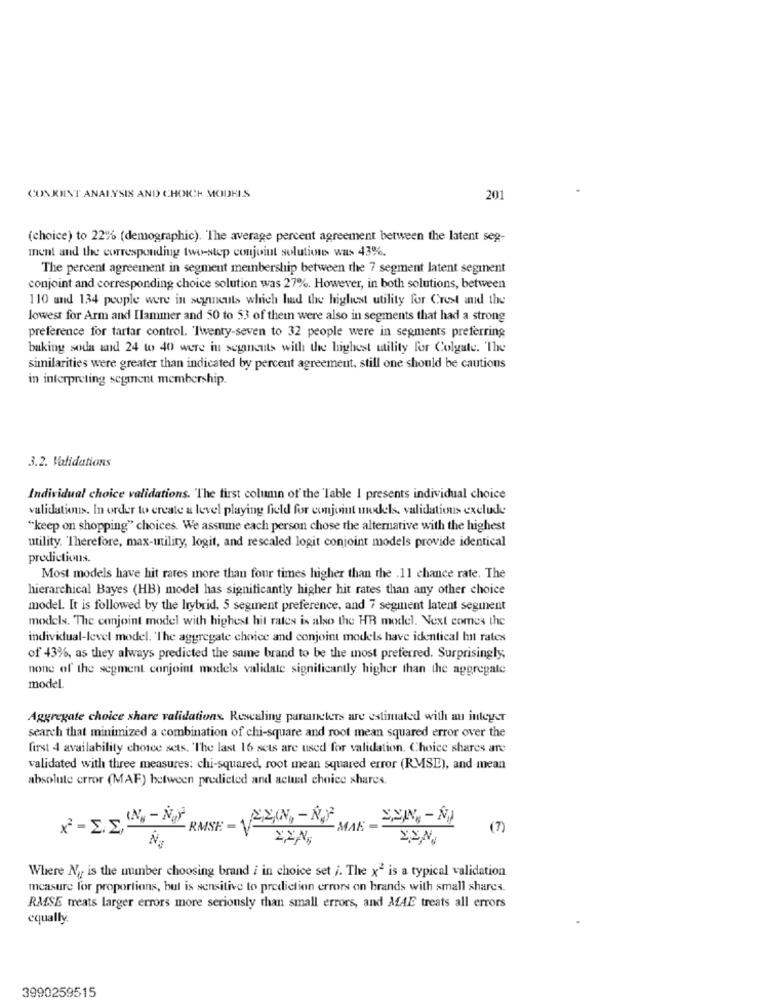
CONKINT ANALYSIS AND CHOICH MODELS
201
(choice) to 22% (demographic). The average percent agreement between the latent seg-
ment and the corresponding two-step conjoint solutions was 43%.
The percent agreement in segment membership between the 7 segment latent segment
conjoint and corresponding choice solution was 27%. However, in both solutions, between
110 and 134 people were in segucuts which had the highest utility for Crest and the
lowest for Arm and Ilammer and 50 to 53 of them were also in segments that had a strong
preference for tartar control. 'Twenty-seven to 32 people were in segments preferring
baking soda and 24 to 40 were in segncuts with the highest utility for Colgate. The
similarities were greater than indicated by percent agreement, still one should be cautions
in interpreting segment membership.
3.2. Validations
Individual choice validations. The first column of the Table I presents individual choice
validationus. In order to create a level playing field for conjoint models. validations exclude
"keep on shopping" choices. We assume each person chose the alternative with the highest
utility. Therefore, max-utility, logit, and rescaled logit conjoint models provide identical
predictions.
Most models have hit rates more than four times higher than the .11 chance rate. The
hierarchical Bayes (HB) model has significantly higher hit rates than any other choice
model. It is followed by the hybrid, 5 segment preference, and 7 segment latent segment
models. The conjoint model with highest hit rates is also the HR model. Next comes the
individual-level model. 'The aggregate choice and conjoint models have identical ht rates
of 43%, as they always predicted the same brand to be the most preferred. Surprisingly,
none of the segment conjoint models validate significantly higher than the aggregate
model.
Aggregate choice share validations. Rescaling panneters are estimated with an integer
search that minimized a combination of chi-square and root mean squared error over the
first 4 availability choice sets. "The last 16 sets are used for validation. Choice shares are
validated with three measures: chi-squared, root mean squared error (RMSE), and mean
absolute error (MAF) between predicted and actual choice shares.
X - ES,IN - NY
RMSE- 220 ,- NOP
" MAK
(7)
2Ng
Where Ny is the number choosing brand i in choice set i. The x" is a typical validation
measure for proportions, bul is sensitive to prediction errors on brands with small shares.
RMSE treats larger errors more seriously than small errors, and MAE treats all errors
equally.
3990259515